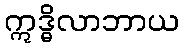
ဣဒ္ဓိလာဘာယ